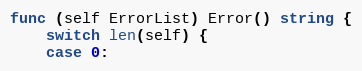
Language: Go
func (self ErrorList) Error() string {
	switch len(self) {
	case 0: